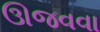
ઊજવવા